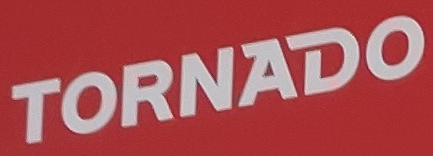
TORNADO